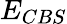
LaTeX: E_{CBS}